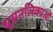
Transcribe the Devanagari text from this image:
धूम्रनलिकाओं